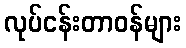
လုပ်ငန်းတာဝန်များ